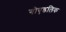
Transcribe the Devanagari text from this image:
गोएडलिक